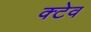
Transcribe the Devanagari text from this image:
क्टेव